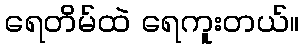
ရေတိမ်ထဲ ရေကူးတယ်။